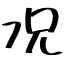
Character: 况